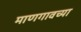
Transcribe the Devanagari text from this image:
माणगावच्या